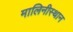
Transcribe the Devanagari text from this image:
मालिनीस्थान